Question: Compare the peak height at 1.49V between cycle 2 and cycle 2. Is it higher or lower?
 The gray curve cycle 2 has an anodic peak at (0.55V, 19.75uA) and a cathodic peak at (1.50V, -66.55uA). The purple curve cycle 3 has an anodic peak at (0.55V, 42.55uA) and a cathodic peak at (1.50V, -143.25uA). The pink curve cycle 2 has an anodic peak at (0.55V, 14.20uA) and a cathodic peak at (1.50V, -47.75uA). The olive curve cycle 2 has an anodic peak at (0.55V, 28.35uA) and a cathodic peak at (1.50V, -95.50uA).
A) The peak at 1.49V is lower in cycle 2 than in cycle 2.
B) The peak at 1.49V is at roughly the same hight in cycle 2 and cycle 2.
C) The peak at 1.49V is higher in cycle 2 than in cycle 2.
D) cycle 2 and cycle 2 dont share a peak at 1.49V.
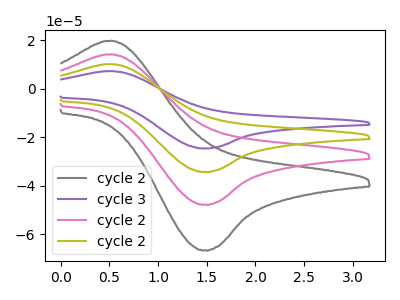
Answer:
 <answer>A) The peak at 1.49V is lower in "cycle 2" than in "cycle 2".</answer>
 <eval>A</eval>